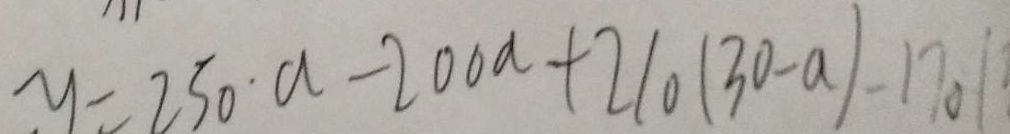
y = 2 5 0 \cdot a - 2 0 0 a + 2 1 0 ( 3 0 - a ) - 1 7 0 (